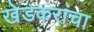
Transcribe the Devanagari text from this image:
खेडकरांचा